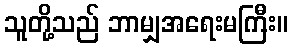
သူတို့သည် ဘာမျှအရေးမကြီး။